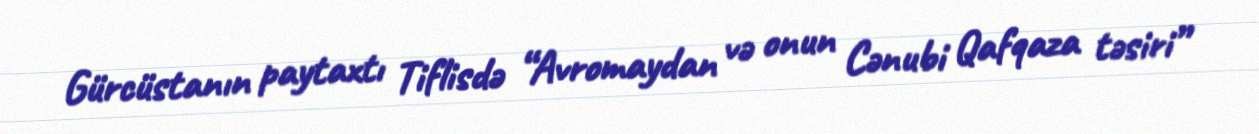
Gürcüstanın paytaxtı Tiflisdə “Avromaydan və onun Cənubi Qafqaza təsiri”